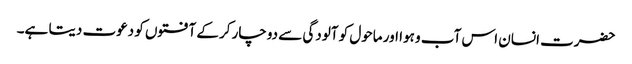
حضرت انسان اس آب و ہوا اور ماحول کو آلودگی سے دوچار کرکے آفتوں کو دعوت دیتا ہے۔